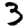
Digit: 3